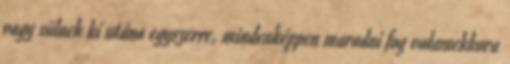
vagy sülnek ki utána egyszerre, mindenképpen maradni fog valamekkora